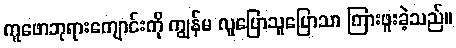
ကူဖောဘုရားကျောင်းကို ကျွန်မ လူပြောသူပြောသာ ကြားဖူးခဲ့သည်။